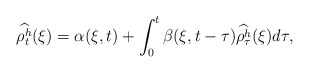
\begin{align*}\widehat{\rho^h_t}(\xi) = \alpha(\xi,t) + \int_0^t \beta(\xi,t-\tau)\widehat{\rho^h_{\tau}}(\xi)d\tau,\end{align*}